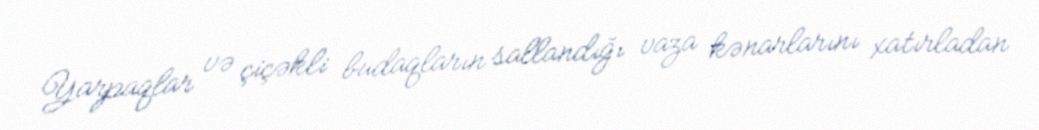
Yarpaqlar və çiçəkli budaqların sallandığı vaza kənarlarını xatırladan